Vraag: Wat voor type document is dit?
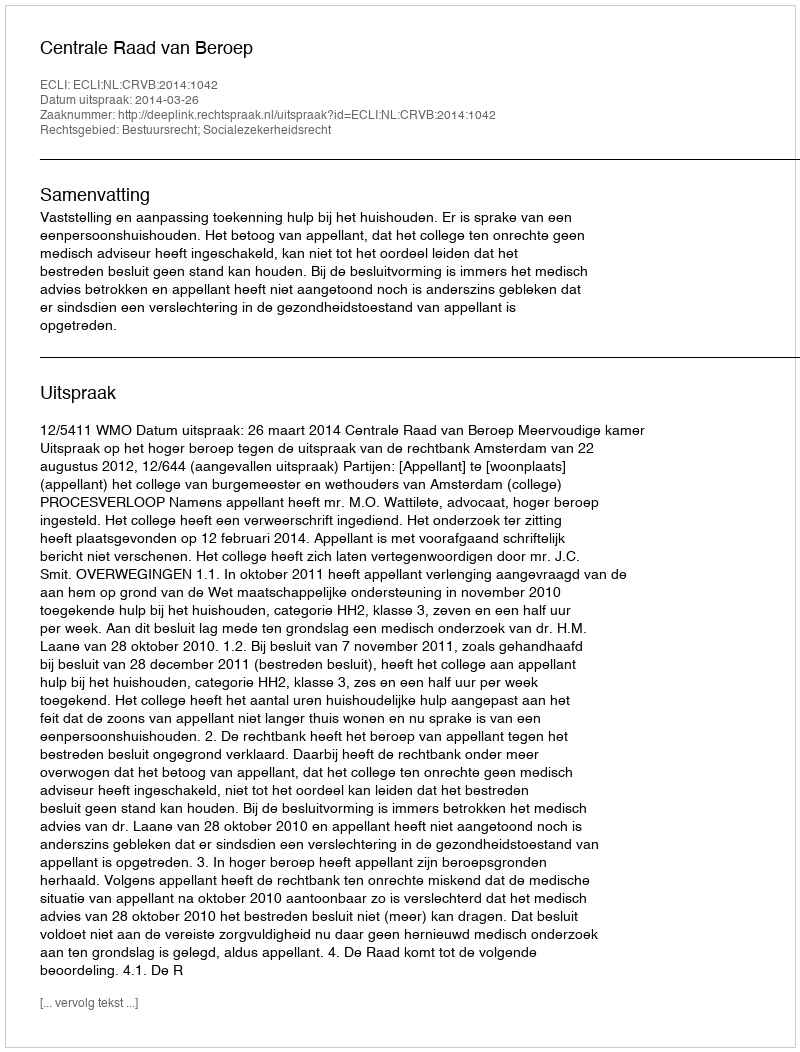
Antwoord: Uitspraak